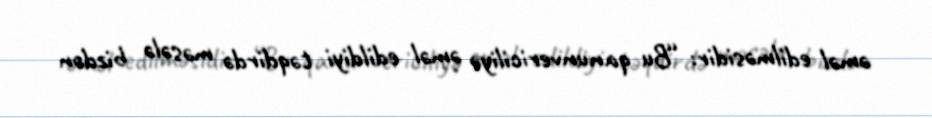
əməl edilməsidir: “Bu qanunvericiliyə əməl edildiyi təqdirdə məsələ bizdən